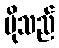
ပိုသည်